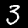
Label: 3